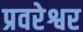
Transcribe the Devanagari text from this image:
प्रवरेश्वर